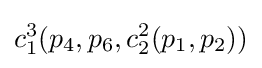
c_{1}^{3}(p_{4},p_{6},c_{2}^{2}(p_{1},p_{2}))